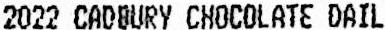
2022 CADBURY CHOCOLATE DAIL